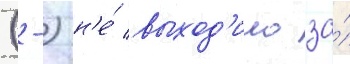
(-) н'е́ выход'ило за́